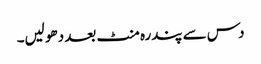
دس سے پندرہ منٹ بعد دھو لیں۔